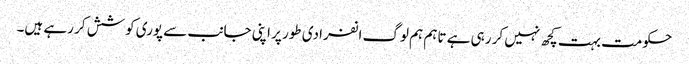
حکومت بہت کچھ نہیں کر رہی ہے تاہم ہم لوگ انفرادی طور پر اپنی جانب سے پوری کوشش کر رہے ہیں۔